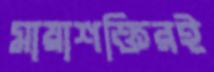
মায়াশক্তিরই